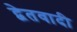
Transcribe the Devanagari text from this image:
द्वेतवादी